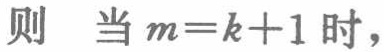
则 当 \(m = k + 1\) 时，